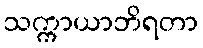
သက္ကာယာဘိရတာ